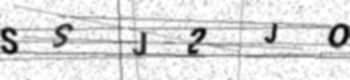
Text: SSJ2JO